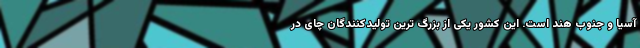
آسیا و جنوب هند است. این کشور یکی از بزرگ ترین تولیدکنندگان چای در